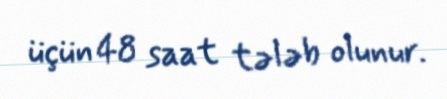
üçün 48 saat tələb olunur.